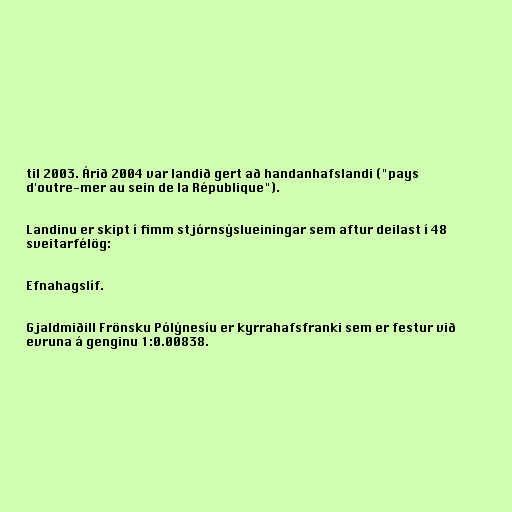
til 2003. Árið 2004 var landið gert að handanhafslandi ("pays
d'outre-mer au sein de la République").

Landinu er skipt í fimm stjórnsýslueiningar sem aftur deilast í 48
sveitarfélög:

Efnahagslíf.

Gjaldmiðill Frönsku Pólýnesíu er kyrrahafsfranki sem er festur við
evruna á genginu 1:0.00838.